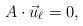
LaTeX: \begin{align*} A\cdot\vec{u}_\ell=0,\end{align*}